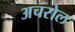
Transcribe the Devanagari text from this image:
अचरोल